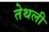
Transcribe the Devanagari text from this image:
तेथली